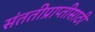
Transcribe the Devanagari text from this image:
संततीप्राप्तीसाठी